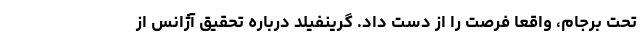
تحت برجام، واقعا فرصت را از دست داد. گرینفیلد درباره تحقیق آژانس از